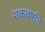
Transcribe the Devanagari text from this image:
शकवर्षात